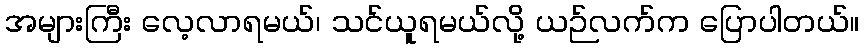
အများကြီး လေ့လာရမယ်၊ သင်ယူရမယ်လို့ ယဉ်လက်က ပြောပါတယ်။